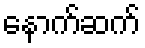
နောက်ဆက်